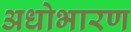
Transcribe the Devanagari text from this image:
अधोभारण